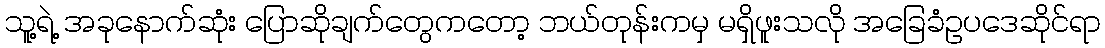
သူ့ရဲ့ အခုနောက်ဆုံး ပြောဆိုချက်တွေကတော့ ဘယ်တုန်းကမှ မရှိဖူးသလို အခြေခံဥပဒေဆိုင်ရာ